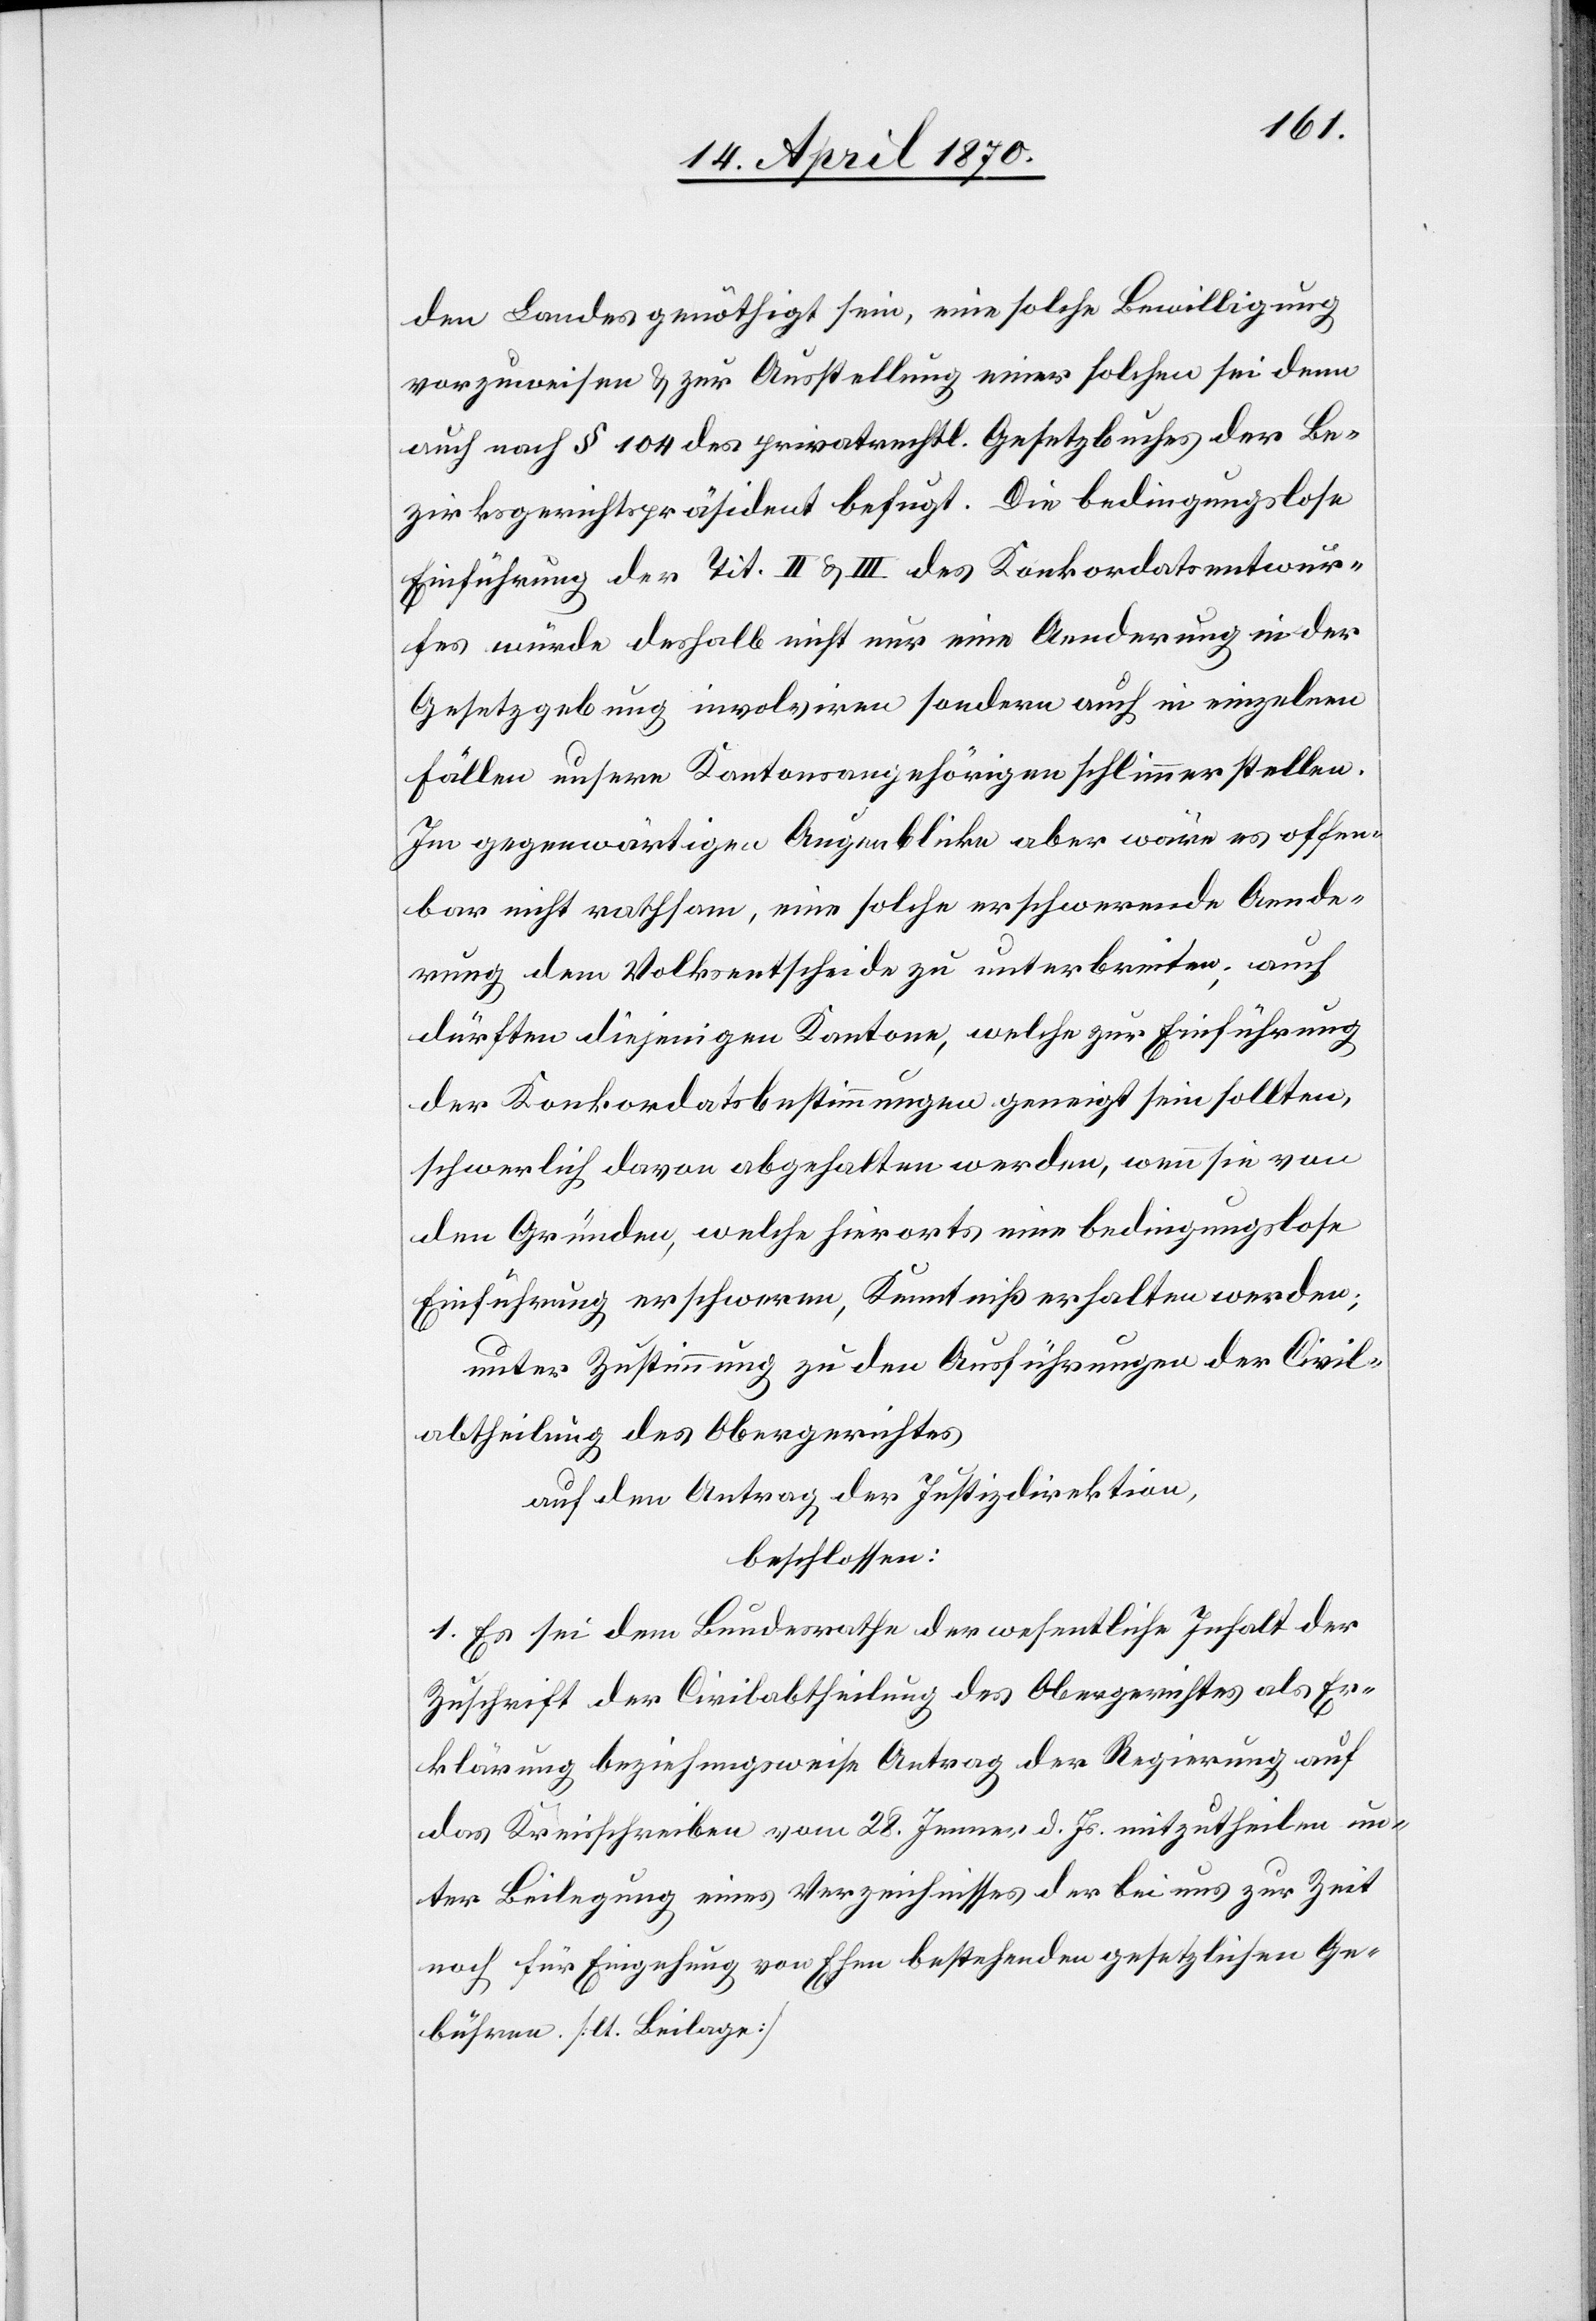
den Landes genöthigt sein, eine solche Bewilligung
vorzuweisen & zur Ausstellung einer solchen sei denn
auch nach § 104 des privatrechtl. Gesetzbuches der Be¬
zirksgerichtspräsident befugt. Die bedingungslose
Einführung der Tit. II & III des Konkordatsentwur¬
fes würde deshalb nicht nur eine Aenderung in der
Gesetzgebung involviren[,] sondern auch in einzelnen
Fällen unsere Kantonsangehörigen schlimmer stellen.
Im gegenwärtigen Augenblicke aber wäre es offen¬
bar nicht rathsam, eine solche erschwerende Aende¬
rung dem Volksentscheide zu unterbreiten; auch
dürften diejenigen Kantone, welche zur Einführung
der Konkordatsbestimmungen geneigt sein sollten,
schwerlich davon abgehalten werden, wenn sie von
den Gründen, welche hierorts eine bedingungslose
Einführung erschweren, Kenntniß erhalten werden;
unter Zustimmung zu den Ausführengen der Civil¬
abtheilung des Obergerichts,
auf den Antrag der Justizdirektion,
beschlossen:
1. Es sei dem Bundesrathe der wesentliche Inhalt der
Zuschrift der Civilabtheilung des Obergerichtes als Er¬
klärung beziehungsweise Antrag der Regierung auf
das Kreisschreiben vom 28. Jenner d. Js. mitzutheilen un¬
ter Beilegung eines Verzeichnisses der bei uns zur Zeit
noch für Eingehung von Ehen bestehenden gesetzlichen Ge¬
bühren [lt. Beilage]